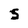
Character: S